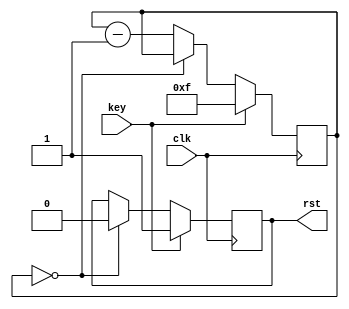
module powerup_reset(key, clk, rst);
parameter TICK = 4'd15; // tick's delay 0..15
		
input wire key;
input wire clk;
output reg rst;
		
reg [3:0] tick_timer;

initial begin
	rst <= 1;
	tick_timer <= TICK;
end
	
always @(posedge clk) begin
	if (key) begin
		tick_timer <= TICK;
		rst <= 1;
	end else begin
		if (tick_timer==4'd0) begin
			rst <= 0;
		end else begin
			tick_timer <= tick_timer - 1'b1;
		end
	end
end

endmodule